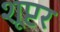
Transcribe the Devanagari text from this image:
शूप्टर